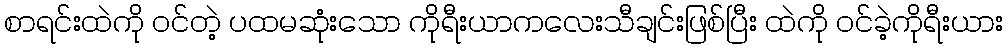
စာရင်းထဲကို ဝင်တဲ့ ပထမဆုံးသော ကိုရီးယာကလေးသီချင်းဖြစ်ပြီး ထဲကို ဝင်ခဲ့ကိုရီးယား